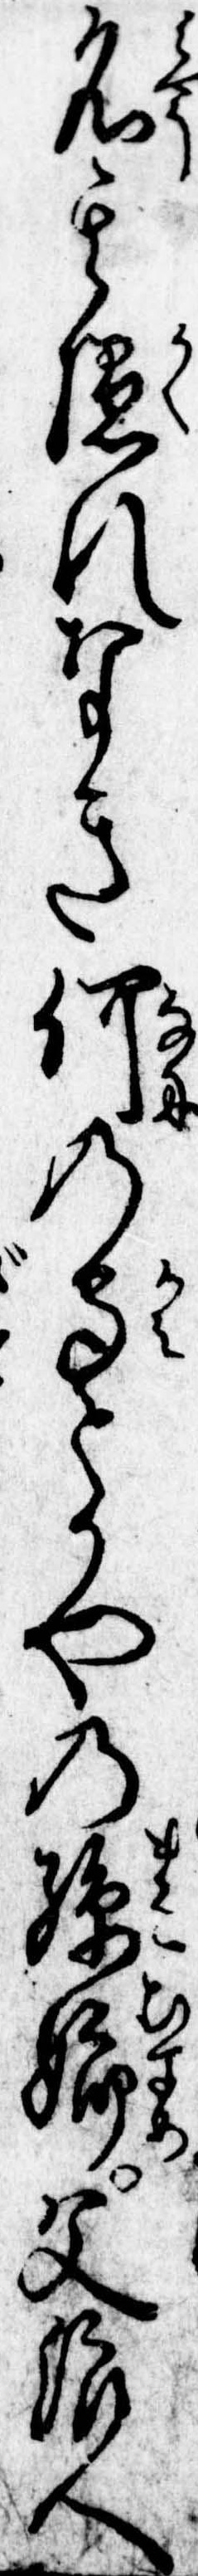
名其隠れなき何の守とかやの孫娘父浪人